Civil Veterinary Department Bihar & Orissa reports 1922-29 - 1922-1929
Year: 1922
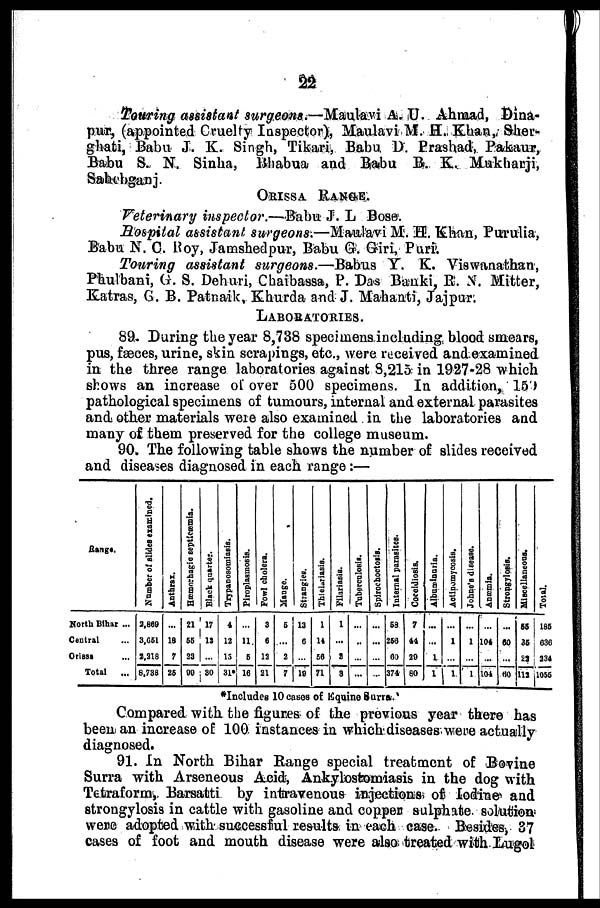
22
Touring assistant surgeons.—-Maulavi A. U. Ahmad, Dina-
pur, (appointed Cruelty Inspector), Maulavi M. H., Khan„ Sher-
ghati, Babu J. K. Singh, Tikari, Babu D. Prashad, Pakaur,
Babu S. N. Sinha, Bhabua and Babu B. K. Mukharji,
Sahebganj.
ORISSA RANGE.
Veterinary inspector.—-Babu J. L Bose.
Hospital assistant, surgeons.—Maulavi M. H. Khan, Purulia,
Babu N. C. Hoy, Jamshedpur, Babu G. Giri, Purr.
Touring assistant surgeons.—Bahus Y. K. Viswanathan,
Phulbani, G. S. Dehuri, Chaibassa, P. Das Banki, R. N. Mitter,
Katraa, G. B. Patnaik, Khurda and J. Mahanti, Jajpur.
LABORATORIES.
89. During the year 8,738 specimens including blood smears,
pus, fæces, urine, skin scrapings, etc, were received and examined
in the three range laboratories against 8,215 in 1927-28 which
shows an increase of over 500 specimens. In addition, 159
pathological specimens of tumours, internal and external parasites
and other materials were also examined in the laboratories and
many of them preserved for the college museum.
90. The following table shows the number of slides received
and diseases diagnosed in each range :—
Range.
North Bihar ...
Central ...
Orissa ...
Total
...
Number of slides examined.
2,869
3,651
2,218
8,738
Anthrax.
...
18
7
25
Hæmorhagic septicemia.
21
55
23
99
Black quarter.
17
13
...
30
Trypanosomiasis.
4
12
15
31*
Piroplasmosis.
...
11
6
16
Fowl cholera.
3
6
12
21
Mange.
6
...
2
7
Stiangies.
13
6
...
19
Thielariasis.
1
14
56
71
Filariasis.
1
...
2
3
Tuberculosis.
...
...
...
...
Spirochoctosis.
...
...
...
...
Internal parasites.
58
266
60
374
Coccidiosis.
7
44
20
80
Albuminuria.
...
...
1
1
Actinomycosis.
...
1
...
1
Johne's disease.
....
1
...
1
Anæmia.
...
104
...
104
Strongylosis.
...
60
...
60
Miscellaneous.
55
35
22
112
Total.
185
636
234
1055
*Includes l0 cases of Equine Surra.'
Compared with the figures of the previous year there has
been an increase of 100 instances in which diseases were actually
diagnosed.
91. In North Bihar Range special treatment of Bovine
Surra with Arseneous Acid, Ankylostomiasis in the dog with
Tetraform, Barsatti by intravenous injections of Iodine and
strongylosis in cattle with gasoline and copper sulphate solution
were adopted with successful results in each case. Besides, 37
cases of foot and mouth disease were also treated with Lugol